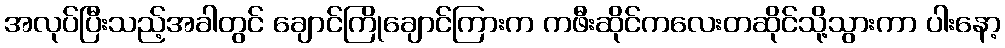
အလုပ်ပြီးသည့်အခါတွင် ချောင်ကြိုချောင်ကြားက ကဖီးဆိုင်ကလေးတဆိုင်သို့သွားကာ ပါးနော့